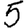
Digit: 5